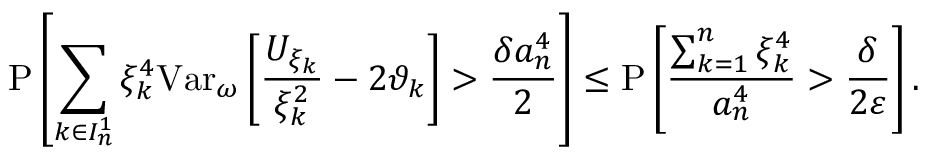
\mathrm { P } \left[ \sum _ { k \in I _ { n } ^ { 1 } } \xi _ { k } ^ { 4 } \mathrm { V a r } _ { \omega } \left[ \frac { U _ { \xi _ { k } } } { \xi _ { k } ^ { 2 } } - 2 \vartheta _ { k } \right] > \frac { \delta a _ { n } ^ { 4 } } { 2 } \right] \leq \mathrm { P } \left[ \frac { \sum _ { k = 1 } ^ { n } \xi _ { k } ^ { 4 } } { a _ { n } ^ { 4 } } > \frac { \delta } { 2 \varepsilon } \right] .